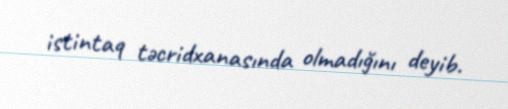
istintaq təcridxanasında olmadığını deyib.